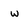
Character: w